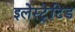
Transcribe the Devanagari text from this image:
इलेस्‍ट्रेटिड